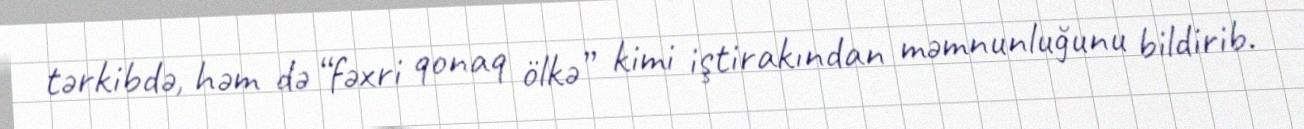
tərkibdə, həm də “fəxri qonaq ölkə” kimi iştirakından məmnunluğunu bildirib.